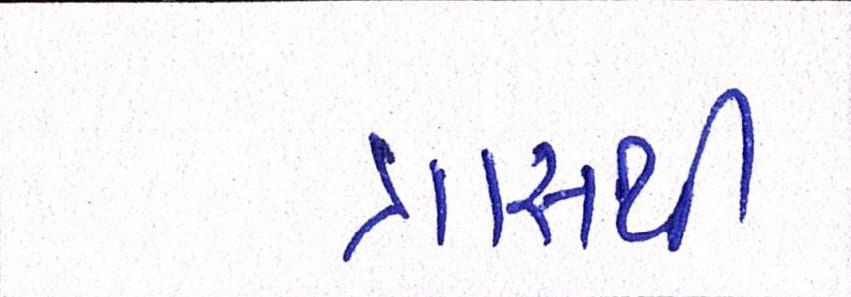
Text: ત્રાસથી